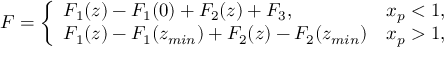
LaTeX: F = \left\{ \begin{array} { l l } { { F _ { 1 } ( z ) - F _ { 1 } ( 0 ) + F _ { 2 } ( z ) + F _ { 3 } , } } & { { x _ { p } < 1 , \nonumber } } \\ { { F _ { 1 } ( z ) - F _ { 1 } ( z _ { m i n } ) + F _ { 2 } ( z ) - F _ { 2 } ( z _ { m i n } ) } } & { { x _ { p } > 1 , } } \end{array} \right.